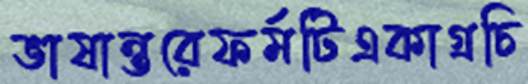
ভাষান্তরেফর্মটিএকাগ্রচি